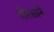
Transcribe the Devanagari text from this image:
चौरसाने